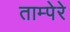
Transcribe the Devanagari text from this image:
ताम्पेरे